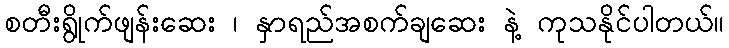
စတီးရွိုက်ဖျန်းဆေး ၊ နှာရည်အစက်ချဆေး နဲ့ ကုသနိုင်ပါတယ်။